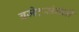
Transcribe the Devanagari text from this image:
बजेटसंबंधी